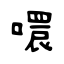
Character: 噮